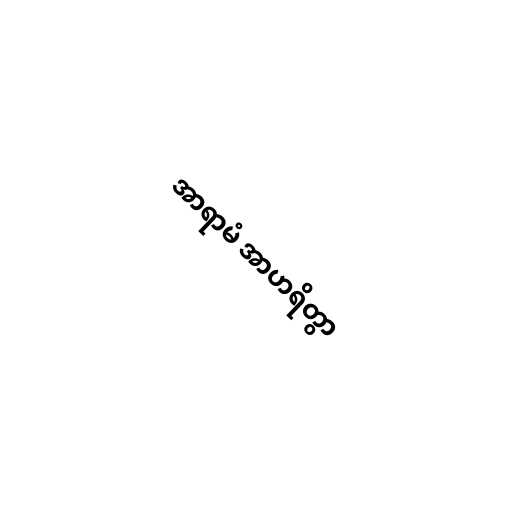
အာရာမံ အာဟရိတွာ